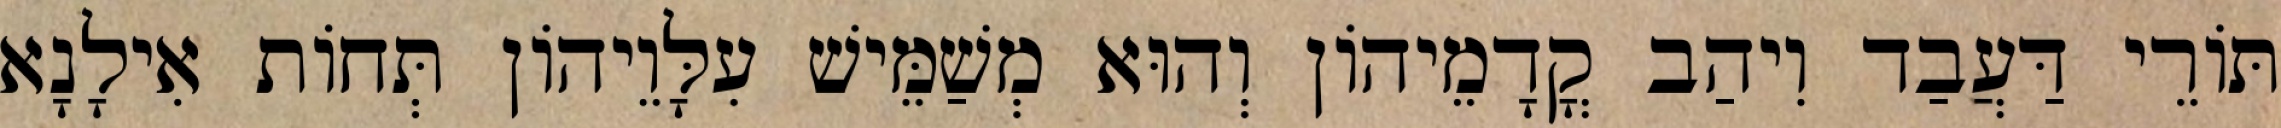
תּוֹרֵי דַּעֲבַד וִיהַב קֳדָמֵיהוֹן וְהוּא מְשַׁמֵּישׁ עִלָּוֵיהוֹן תְּחוֹת אִילָנָא